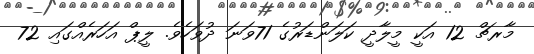
މާރޗް 12 އަކީ މީލާދީ ކަލަންޑަރުގެ 71ވަނަ ދުވަހެވެ. ލީޕް އަހަރެއްގައި 72